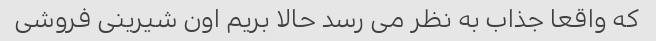
که واقعا جذاب به نظر می رسد حالا بریم اون شیرینی فروشی